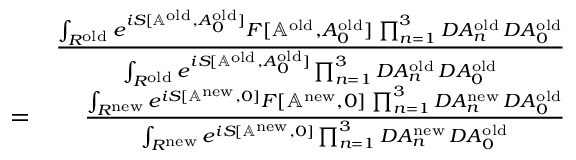
\begin{array} { r l r } & { } & { { \frac { \int _ { { \cal R } ^ { \mathrm { o l d } } } e ^ { i S [ \mathbb { A } ^ { \mathrm { o l d } } , A _ { 0 } ^ { \mathrm { o l d } } ] } F [ \mathbb { A } ^ { \mathrm { o l d } } , A _ { 0 } ^ { \mathrm { o l d } } ] \, \prod _ { n = 1 } ^ { 3 } { \cal D } A _ { n } ^ { \mathrm { o l d } } \, { \cal D } A _ { 0 } ^ { \mathrm { o l d } } } { \int _ { { \cal R } ^ { \mathrm { o l d } } } e ^ { i S [ \mathbb { A } ^ { \mathrm { o l d } } , A _ { 0 } ^ { \mathrm { o l d } } ] } \prod _ { n = 1 } ^ { 3 } { \cal D } A _ { n } ^ { \mathrm { o l d } } \, { \cal D } A _ { 0 } ^ { \mathrm { o l d } } } } } \\ & { = } & { { \frac { \int _ { { \cal R } ^ { \mathrm { n e w } } } e ^ { i S [ \mathbb { A } ^ { \mathrm { n e w } } , 0 ] } F [ \mathbb { A } ^ { \mathrm { n e w } } , 0 ] \, \prod _ { n = 1 } ^ { 3 } { \cal D } A _ { n } ^ { \mathrm { n e w } } \, { \cal D } A _ { 0 } ^ { \mathrm { o l d } } } { \int _ { { \cal R } ^ { \mathrm { n e w } } } e ^ { i S [ \mathbb { A } ^ { \mathrm { n e w } } , 0 ] } \prod _ { n = 1 } ^ { 3 } { \cal D } A _ { n } ^ { \mathrm { n e w } } \, { \cal D } A _ { 0 } ^ { \mathrm { o l d } } } } } \end{array}